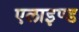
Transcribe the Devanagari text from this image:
एलाइण्ड